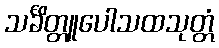
သင်္ခိတ္တူပေါသထသုတ္တံ